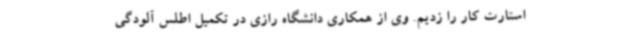
استارت کار را زدیم. وی از همکاری دانشگاه رازی در تکمیل اطلس آلودگی